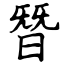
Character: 朁